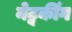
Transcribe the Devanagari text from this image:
नेट्वर्कींग